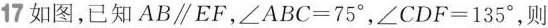
17 如图，已知AB//EF，$$∠ A B C = 7 5 °$$，$$∠ C D F = 1 3 5 °$$，则